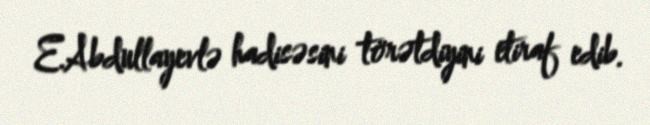
E.Abdullayevlə hadisəsini törətdiyini etiraf edib.